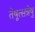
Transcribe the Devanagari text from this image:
तेषूत्सन्नेषु